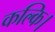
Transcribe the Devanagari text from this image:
कल्कि।